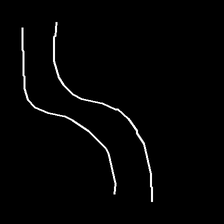
Glyph: float